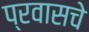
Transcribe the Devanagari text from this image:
प्रवासचे